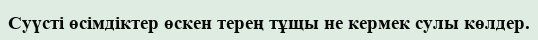
Суүсті өсімдіктер өскен терең тұщы не кермек сулы көлдер.